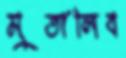
মুতালিব